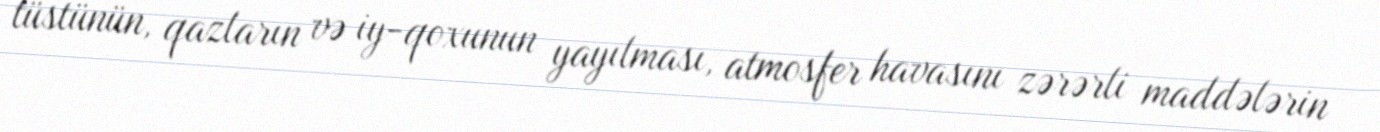
tüstünün, qazların və iy-qoxunun yayılması, atmosfer havasını zərərli maddələrin